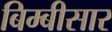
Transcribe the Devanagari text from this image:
बिम्बीसार